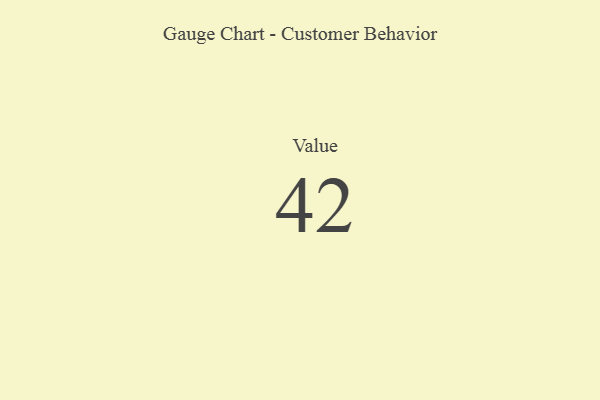
{"axis": {"x": "Metric", "y": "Value"}, "legend": [""], "data": [{"x": "Value", "y": 42, "type": ""}]}